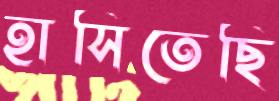
হাসিতেছি